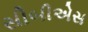
સીબીએસ